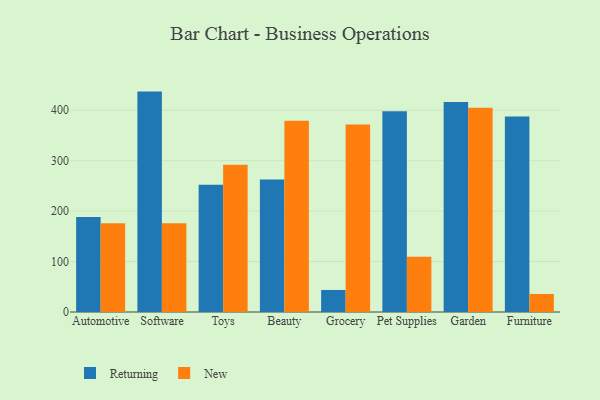
{"axis": {"x": "Category", "y": "Bounce Rate (%)"}, "legend": ["New", "Returning"], "data": [{"x": "Automotive", "y": 188.6, "type": "Returning"}, {"x": "Automotive", "y": 176.2, "type": "New"}, {"x": "Software", "y": 437.0, "type": "Returning"}, {"x": "Software", "y": 176.2, "type": "New"}, {"x": "Toys", "y": 252.3, "type": "Returning"}, {"x": "Toys", "y": 291.8, "type": "New"}, {"x": "Beauty", "y": 262.7, "type": "Returning"}, {"x": "Beauty", "y": 379.3, "type": "New"}, {"x": "Grocery", "y": 43.7, "type": "Returning"}, {"x": "Grocery", "y": 371.6, "type": "New"}, {"x": "Pet Supplies", "y": 397.9, "type": "Returning"}, {"x": "Pet Supplies", "y": 109.4, "type": "New"}, {"x": "Garden", "y": 416.4, "type": "Returning"}, {"x": "Garden", "y": 405.2, "type": "New"}, {"x": "Furniture", "y": 387.5, "type": "Returning"}, {"x": "Furniture", "y": 35.8, "type": "New"}]}